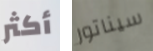
أكثر سيناتور